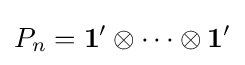
P_{n}={\mathbf {1} }'\otimes \dots \otimes {\mathbf {1} }'